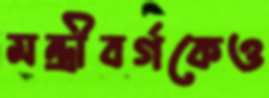
মন্ত্রীবর্গকেও